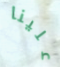
علينا